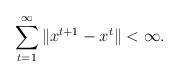
LaTeX: \begin{align*} \sum_{t=1}^\infty\|x^{t+1} - x^t\| < \infty. \end{align*}